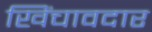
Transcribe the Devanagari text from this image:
खिंचावदार